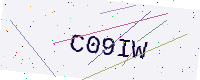
Text: C09IW